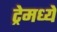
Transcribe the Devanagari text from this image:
ट्रेमध्ये